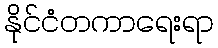
နိုင်ငံတကာရေးရာ